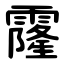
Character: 霳